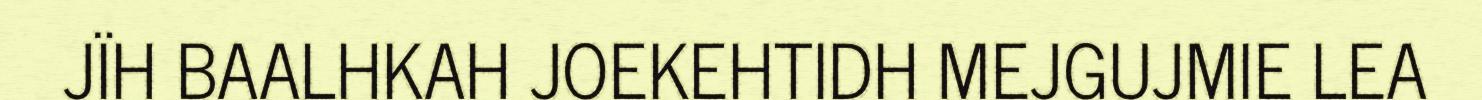
JÏH BAALHKAH JOEKEHTIDH MEJGUJMIE LEA